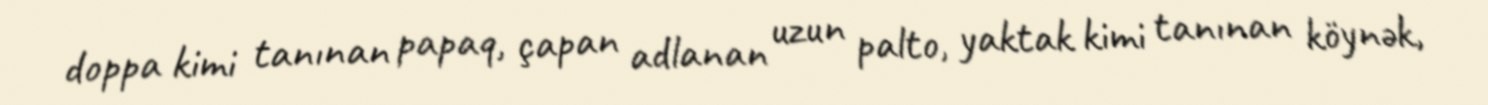
doppa kimi tanınan papaq, çapan adlanan uzun palto, yaktak kimi tanınan köynək,